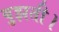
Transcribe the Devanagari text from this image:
बुझती।